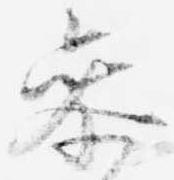
参